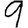
Digit: 9